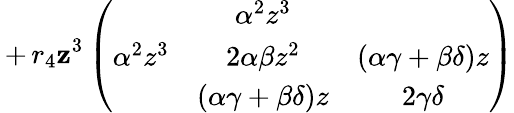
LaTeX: \, +\, r_{4}\mathbf{z}^{3}\left(\begin{array}{ccc}{{}}&{{\alpha^{2}z^{3}}}&{{}}\\ {{\alpha^{2}z^{3}}}&{{2\alpha\beta z^{2}}}&{{(\alpha\gamma+\beta\delta)z}}\\ {{}}&{{(\alpha\gamma+\beta\delta)z}}&{{2\gamma\delta}}\end{array}\right)